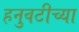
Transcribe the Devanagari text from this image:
हनुवटीच्या